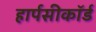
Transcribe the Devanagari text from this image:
हार्पसीकॉर्ड